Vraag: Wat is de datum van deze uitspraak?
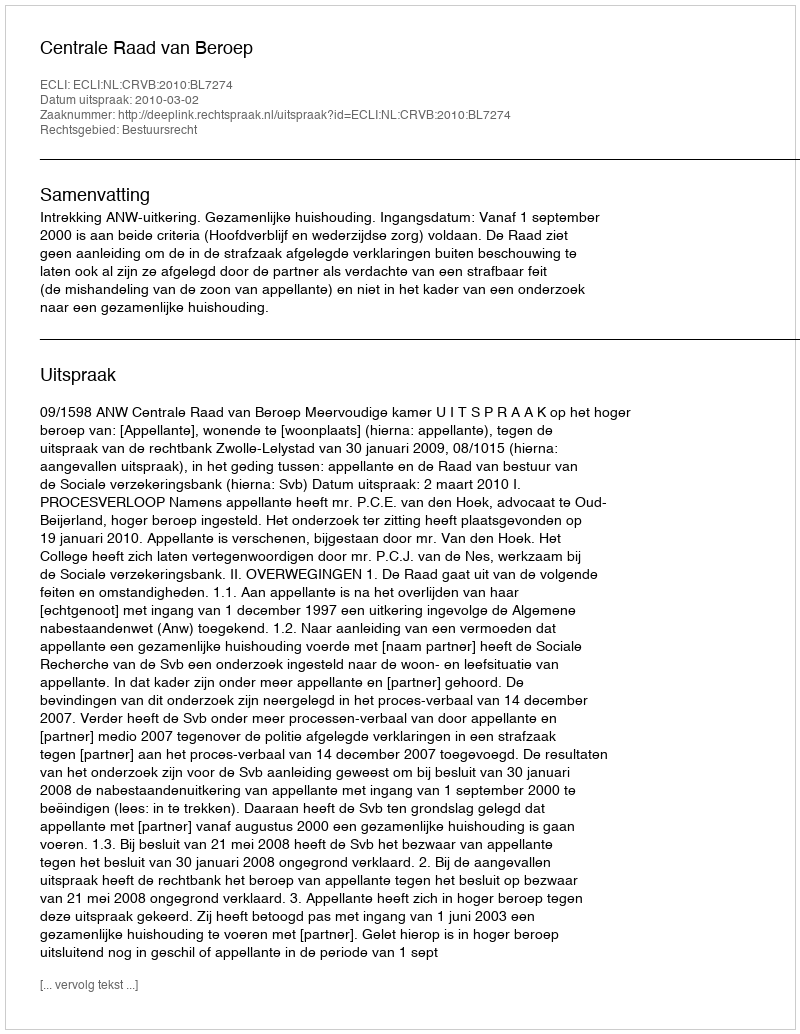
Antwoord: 2010-03-02